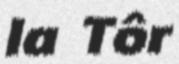
Ia Tôr